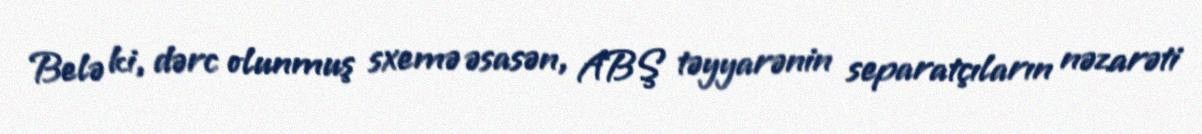
Belə ki, dərc olunmuş sxemə əsasən, ABŞ təyyarənin separatçıların nəzarəti